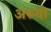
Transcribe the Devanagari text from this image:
अरूवी